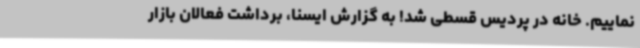
نماییم. خانه در پردیس قسطی شد! به گزارش ایسنا، برداشت فعالان بازار